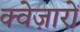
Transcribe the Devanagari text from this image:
क्वेज़ारों